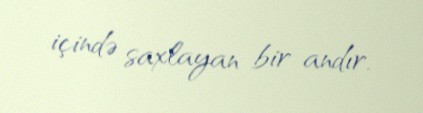
içində saxlayan bir andır.